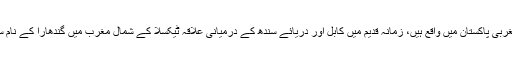
جو اب شمال مغربی پاکستان میں واقع ہیں، زمانہ قدیم میں کابل اور دریائے سندھ کے درمیانی علاقہ ٹیکسلا کے شمال مغرب میں گندھارا کے نام سے مشہور ہیں۔